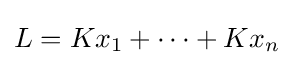
L=Kx_{1}+\cdots +Kx_{n}